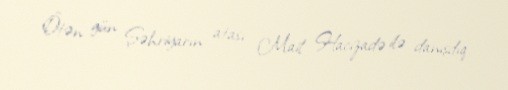
Ötən gün Şəhriyarın atası Mail Hacızadə ilə danışdıq.